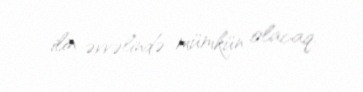
ilin əvvəlində mümkün olacaq.